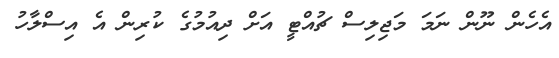
އެހެން ނޫން ނަމަ މަޖިލިސް ޗުއްޓީ އަށް ދިއުމުގެ ކުރިން އެ އިސްލާހު